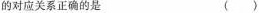
的对应关系正确的是 ( )